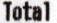
TOTAL